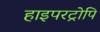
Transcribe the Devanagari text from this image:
हाइपरट्रोपि